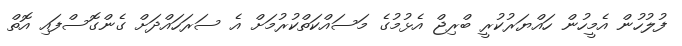
ފުލުހުން އެމީހުން ހައްޔަރުކުރީ ބްރިޖް އެޅުމުގެ މަސައްކަތްކުރުމަށް އެ ސަރަހައްދަށް ގެންގޮސްފައި އޮތް